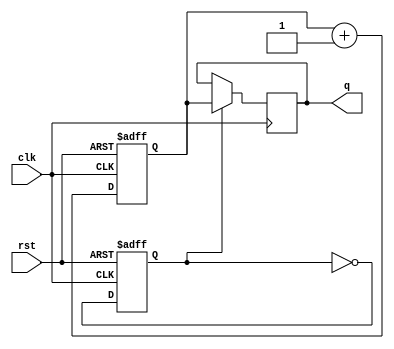
module ripple_counter_clock_divider(
  input wire clk,
  input wire rst,
  output reg [N-1:0] q
);

parameter N = 4; // Number of counter bits

reg [N-1:0] counter_reg;
reg sync_rst;

always @(posedge clk or posedge rst) begin
  if (rst) begin
    counter_reg <= 0;
    sync_rst <= 1;
  end else begin
    counter_reg <= counter_reg + 1;
    sync_rst <= ~sync_rst;
  end
end

always @(posedge clk) begin
  if (sync_rst) begin
    q <= counter_reg;
  end
end

endmodule